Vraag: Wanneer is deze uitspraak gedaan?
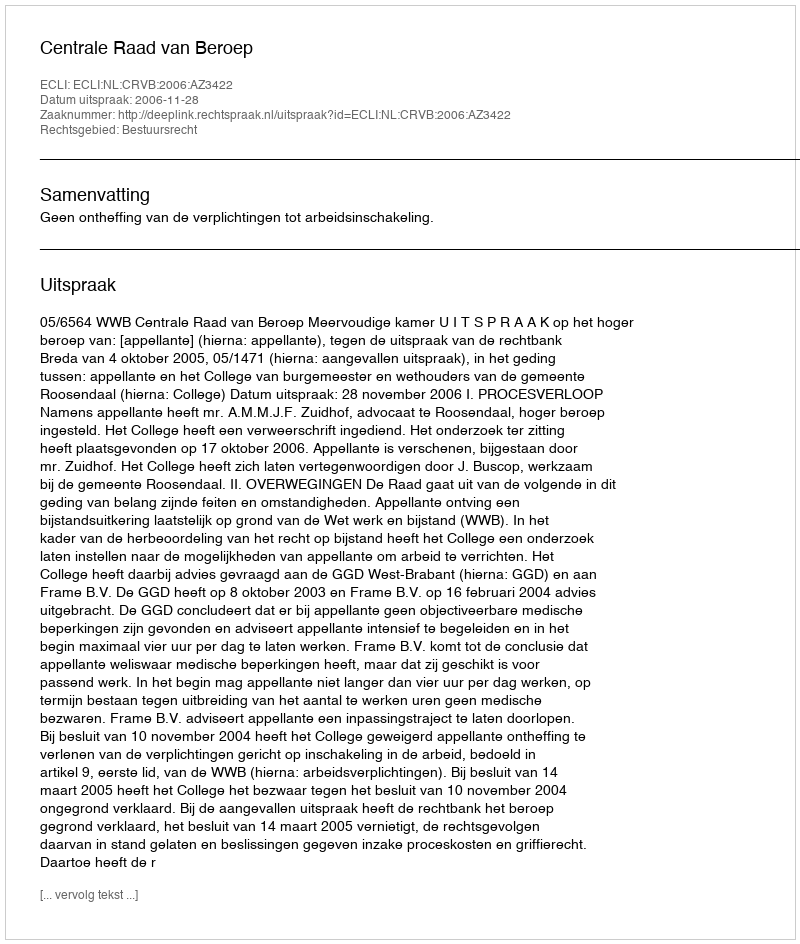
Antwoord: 2006-11-28